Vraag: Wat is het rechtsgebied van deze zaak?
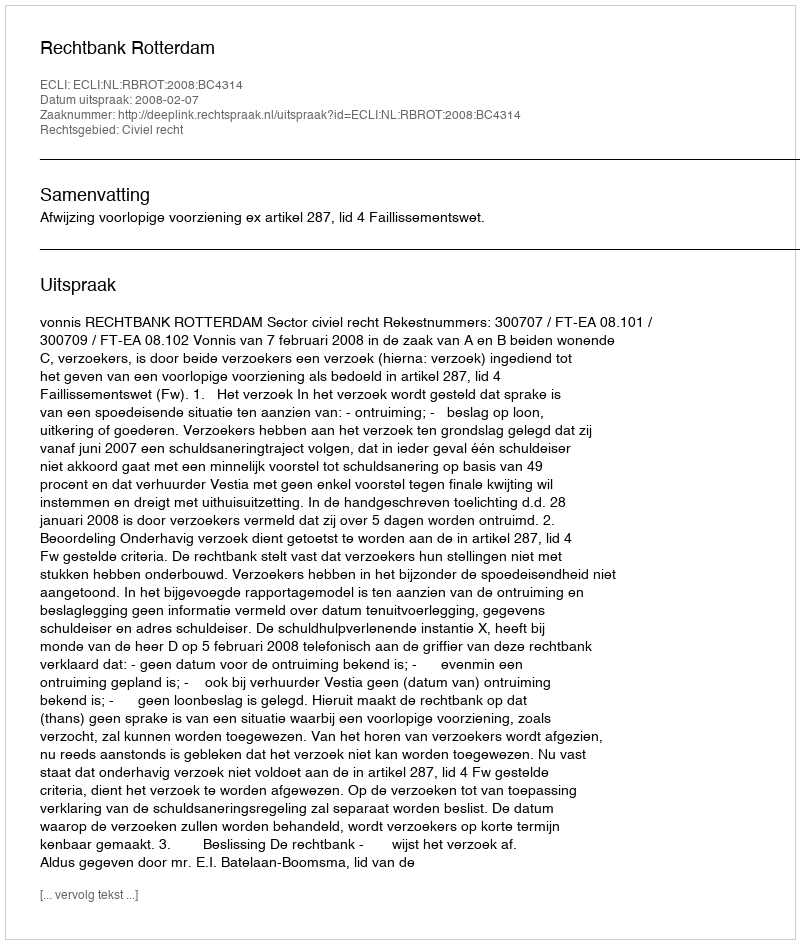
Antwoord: Civiel recht